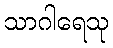
သာဂါရေသု